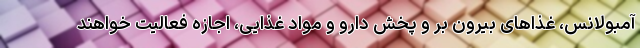
آمبولانس، غذاهای بیرون بر و پخش دارو و مواد غذایی، اجازه فعالیت خواهند